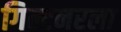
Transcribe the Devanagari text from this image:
गिल्टनरला